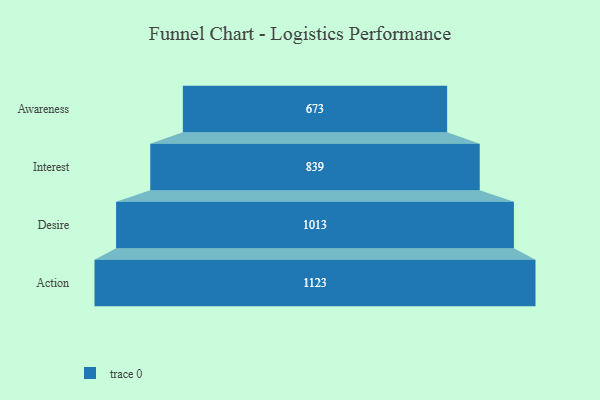
{"axis": {"x": "Stage", "y": "Value"}, "legend": [""], "data": [{"x": "Awareness", "y": 673.0, "type": ""}, {"x": "Interest", "y": 839.0, "type": ""}, {"x": "Desire", "y": 1013.0, "type": ""}, {"x": "Action", "y": 1123.0, "type": ""}]}